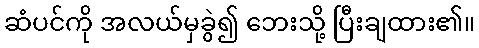
ဆံပင်ကို အလယ်မှခွဲ၍ ဘေးသို့ ပြီးချထား၏။